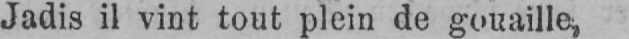
Jadis il vint tout plein de gouaille,